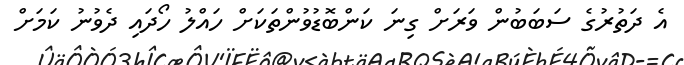
އެ ދަތުރުގެ ސަބަބުން ވަރަށް ގިނަ ކަންބޮޑުވުންތަކަށް ހައްލު ހޯދައި ދެވުނު ކަމަށް